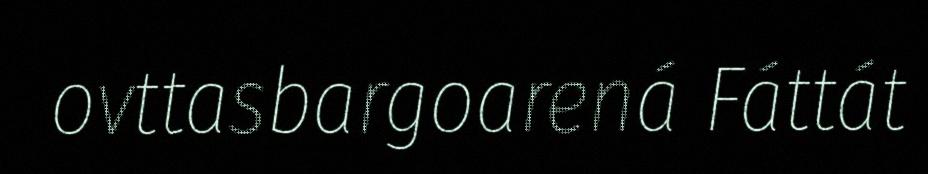
ovttasbargoarená Fáttát